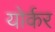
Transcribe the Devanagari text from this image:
योर्कर